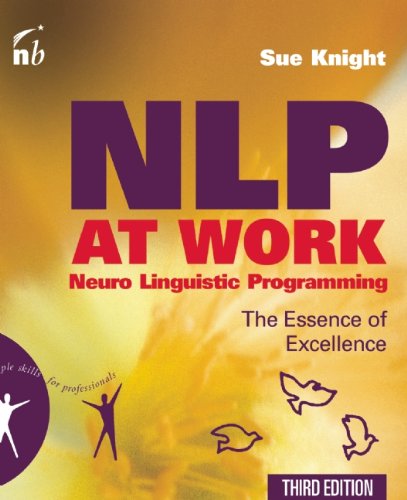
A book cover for NLP at Work: The Essence of Excellence, 3rd Edition (People Skills for Professionals); Sue Knight; Self-Help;